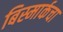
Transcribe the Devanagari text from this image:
बिस्मार्कचा